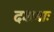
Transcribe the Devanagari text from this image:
दशमाः